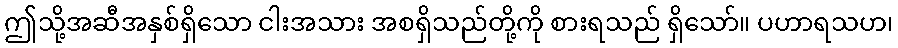
ဤသို့အဆီအနှစ်ရှိသော ငါးအသား အစရှိသည်တို့ကို စားရသည် ရှိသော်။ ပဟာရသဟ၊